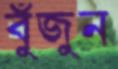
বুঁজুন